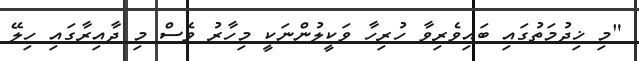
"މި ޚިދުމަތުގައި ބައިވެރިވާ ހުރިހާ ވަކީލުންނަކީ މިހާރު ވެސް މި ދާއިރާގައި ހިލޭ